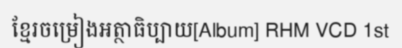
ខ្មែរចម្រៀងអត្ថាធិប្បាយ[Album] RHM VCD 1st